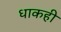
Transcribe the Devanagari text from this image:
धाकही